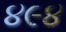
૪૯૪